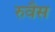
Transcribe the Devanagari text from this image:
रुवैस